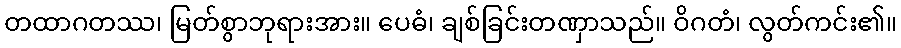
တထာဂတဿ၊ မြတ်စွာဘုရားအား။ ပေဓံ၊ ချစ်ခြင်းတဏှာသည်။ ဝိဂတံ၊ လွတ်ကင်း၏။